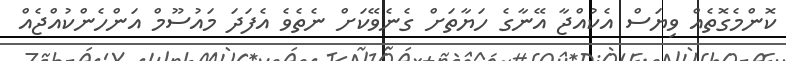
ކޮންމެގޮތެއް ވިޔަސް އެކުއްޖާ އޭނާގެ ހަޔާތަށް ގެނެވޭކަށް ނެތެވެ އެފަދަ މައުސޫމް އަންހެންކުއްޖެއް